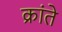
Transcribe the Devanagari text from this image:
क्रांते